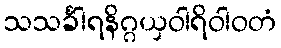
သသင်္ခါရနိဂ္ဂယှဝါရိဝါဝတံ